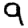
Digit: 9